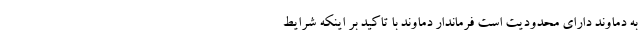
به دماوند دارای محدودیت است فرماندار دماوند با تاکید بر اینکه شرایط